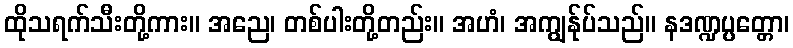
ထိုသရက်သီးတို့ကား။ အညေ၊ တစ်ပါးတို့တည်း။ အဟံ၊ အကျွန်ုပ်သည်။ နဒဏ္ဍပ္ပတ္တော၊